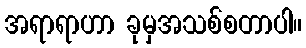
အရာရာဟာ ခုမှအသစ်စတာပါ။